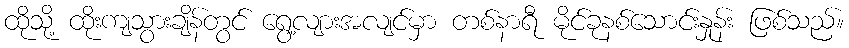
ထိုသို့ ထိုးကျသွားချိန်တွင် ရွေ့လျားအလျင်မှာ တစ်နာရီ မိုင်ခုနစ်သောင်းနှုန်း ဖြစ်သည်။